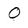
Character: 0